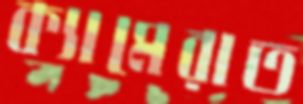
ক্যামেরাত